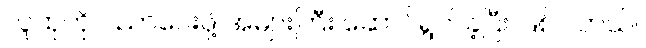
လူထုကို ပညာပေးဖို့ အများကြီး ဆောင်ရွက်ခဲ့ပြီး ဖြစ်ပါတယ်။